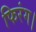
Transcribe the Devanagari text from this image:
फिरंग।